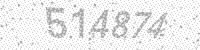
Solution: 514874